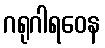
ဂရုဂါရဝေန